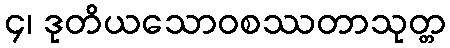
၄၊ ဒုတိယသောဝစဿတာသုတ္တ